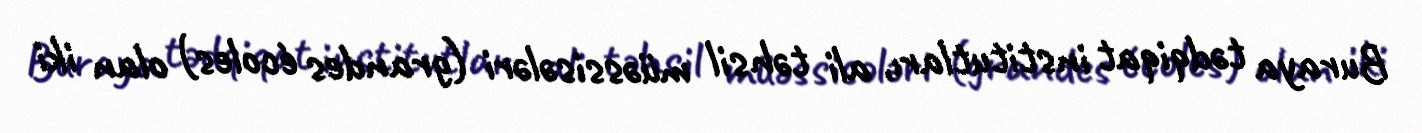
Buraya tədqiqat institutları, ali təhsil müəssisələri (grandes écoles) olan iki